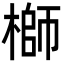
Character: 𬄁